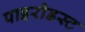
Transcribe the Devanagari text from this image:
पाइरोडस्ट